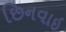
છિનવાઇ